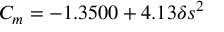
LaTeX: C _ { m } = - 1 . 3 5 0 0 + 4 . 1 3 \delta s ^ { 2 }